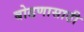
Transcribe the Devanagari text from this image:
बोढणासाठी